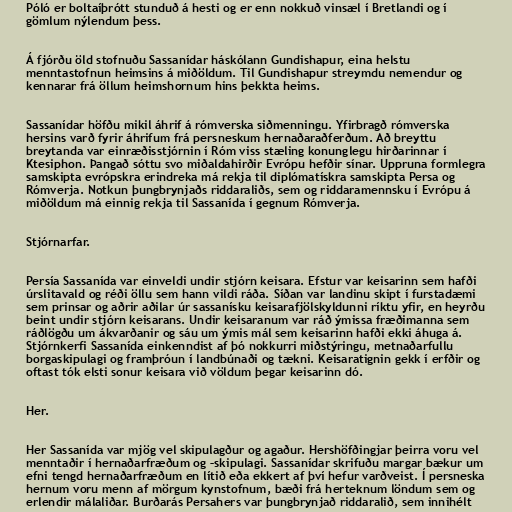
Póló er boltaíþrótt stunduð á hesti og er enn nokkuð vinsæl í Bretlandi og í
gömlum nýlendum þess.

Á fjórðu öld stofnuðu Sassanídar háskólann Gundishapur, eina helstu
menntastofnun heimsins á miðöldum. Til Gundishapur streymdu nemendur og
kennarar frá öllum heimshornum hins þekkta heims.

Sassanídar höfðu mikil áhrif á rómverska siðmenningu. Yfirbragð rómverska
hersins varð fyrir áhrifum frá persneskum hernaðaraðferðum. Að breyttu
breytanda var einræðisstjórnin í Róm viss stæling konunglegu hirðarinnar í
Ktesiphon. Þangað sóttu svo miðaldahirðir Evrópu hefðir sínar. Uppruna formlegra
samskipta evrópskra erindreka má rekja til diplómatískra samskipta Persa og
Rómverja. Notkun þungbrynjaðs riddaraliðs, sem og riddaramennsku í Evrópu á
miðöldum má einnig rekja til Sassanída í gegnum Rómverja.

Stjórnarfar.

Persía Sassanída var einveldi undir stjórn keisara. Efstur var keisarinn sem hafði
úrslitavald og réði öllu sem hann vildi ráða. Síðan var landinu skipt í furstadæmi
sem prinsar og aðrir aðilar úr sassanísku keisarafjölskyldunni ríktu yfir, en heyrðu
beint undir stjórn keisarans. Undir keisaranum var ráð ýmissa fræðimanna sem
ráðlögðu um ákvarðanir og sáu um ýmis mál sem keisarinn hafði ekki áhuga á.
Stjórnkerfi Sassanída einkenndist af þó nokkurri miðstýringu, metnaðarfullu
borgaskipulagi og framþróun í landbúnaði og tækni. Keisaratignin gekk í erfðir og
oftast tók elsti sonur keisara við völdum þegar keisarinn dó.

Her.

Her Sassanída var mjög vel skipulagður og agaður. Hershöfðingjar þeirra voru vel
menntaðir í hernaðarfræðum og –skipulagi. Sassanídar skrifuðu margar bækur um
efni tengd hernaðarfræðum en lítið eða ekkert af því hefur varðveist. Í persneska
hernum voru menn af mörgum kynstofnum, bæði frá herteknum löndum sem og
erlendir málaliðar. Burðarás Persahers var þungbrynjað riddaralið, sem innihélt